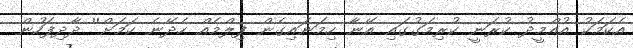
އެކަމަކު އުއްމީދު ކުރަނީ ކުރިމަގުގައި އޭނާ ހިމަނައިގެން ފިލްމެއް ހެދޭނެ ކަމަށް'' ދާދިފަހުން